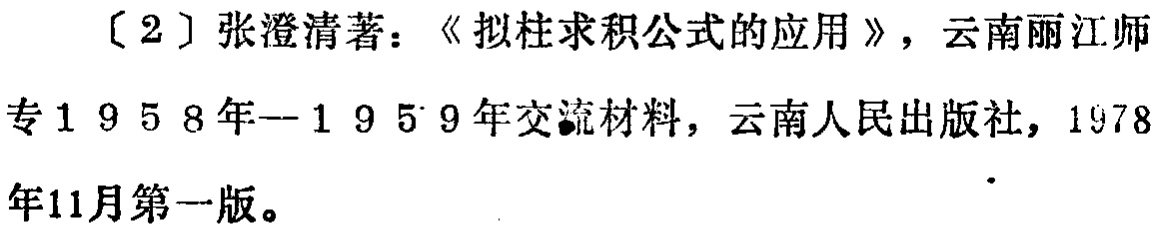
[2] 张澄清著：《拟柱求积公式的应用》，云南丽江师专1958年--1959年交流材料，云南人民出版社，1978年11月第一版。